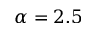
\alpha = 2 . 5